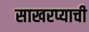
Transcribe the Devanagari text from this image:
साखरप्याची